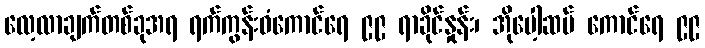
လေ့လာချက်တစ်ခုအရ ရက်ကွန်းဝံကောင်ရေ ၉၉ ရာခိုင်နှုန်း၊ အိုပေါ့ဆမ် ကောင်ရေ ၉၉